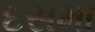
દસમા